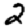
Digit: 2